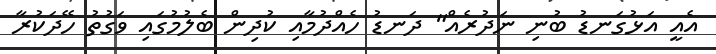
އެއީ އަޅުގަނޑު ބުނި ނަދުރެއް" ދަނޑު ހެއްދުމާއި ކުދިން ބެލުމުގައި ވަގުތު ހޭދަކުރާ